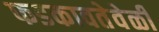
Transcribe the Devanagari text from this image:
फडकावतेवेळी